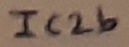
Text: IC2b